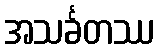
အသင်္ခတဿ